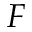
F